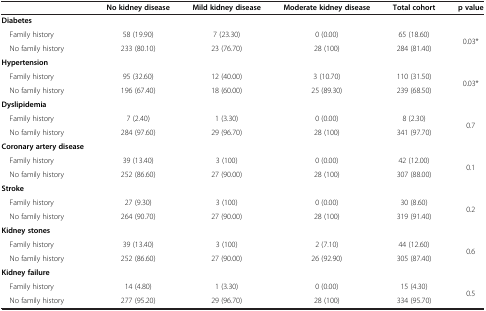
|  | No kidney disease | Mild kidney disease | Moderate kidney disease | Total cohort | p value |
 | --- | --- | --- | --- | --- | --- |
 | Diabetes |  |  |  |  |  |
 | Family history | 58 (19.90) | 7 (23.30) | 0 (0.00) | 65 (18.60) | <ROWSPAN=2> 0.03* |
 | No family history | 233 (80.10) | 23 (76.70) | 28 (100) | 284 (81.40) |
 | Hypertension |  |  |  |  |  |
 | Family history | 95 (32.60) | 12 (40.00) | 3 (10.70) | 110 (31.50) | <ROWSPAN=2> 0.03* |
 | No family history | 196 (67.40) | 18 (60.00) | 25 (89.30) | 239 (68.50) |
 | Dyslipidemia |  |  |  |  |  |
 | Family history | 7 (2.40) | 1 (3.30) | 0 (0.00) | 8 (2.30) | <ROWSPAN=2> 0.7 |
 | No family history | 284 (97.60) | 29 (96.70) | 28 (100) | 341 (97.70) |
 | Coronary artery disease |  |  |  |  |  |
 | Family history | 39 (13.40) | 3 (100) | 0 (0.00) | 42 (12.00) | <ROWSPAN=2> 0.1 |
 | No family history | 252 (86.60) | 27 (90.00) | 28 (100) | 307 (88.00) |
 | Stroke |  |  |  |  |  |
 | Family history | 27 (9.30) | 3 (100) | 0 (0.00) | 30 (8.60) | <ROWSPAN=2> 0.2 |
 | No family history | 264 (90.70) | 27 (90.00) | 28 (100) | 319 (91.40) |
 | Kidney stones |  |  |  |  |  |
 | Family history | 39 (13.40) | 3 (100) | 2 (7.10) | 44 (12.60) | <ROWSPAN=2> 0.6 |
 | No family history | 252 (86.60) | 27 (90.00) | 26 (92.90) | 305 (87.40) |
 | Kidney failure |  |  |  |  |  |
 | Family history | 14 (4.80) | 1 (3.30) | 0 (0.00) | 15 (4.30) | 0.5 |
 | No family history | 277 (95.20) | 29 (96.70) | 28 (100) | 334 (95.70) |  |